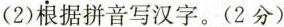
（2）根据拼音写汉字。（2分）